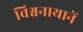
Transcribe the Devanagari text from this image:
विश्वनाथानें